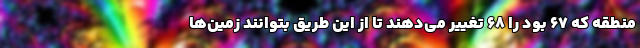
منطقه که ۶۷ بود را ۶۸ تغییر می‌دهند تا از این طریق بتوانند زمین‌ها